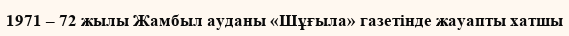
1971 – 72 жылы Жамбыл ауданы «Шұғыла» газетінде жауапты хатшы